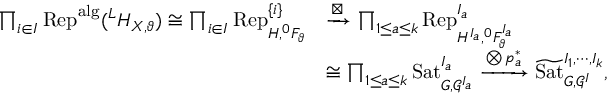
\begin{array} { r l } { \prod _ { i \in I } \mathrm { R e p } ^ { \mathrm { a l g } } ( ^ { L } H _ { X , \vartheta } ) \cong \prod _ { i \in I } \mathrm { R e p } _ { H , ^ { 0 } F _ { \vartheta } } ^ { \{ i \} } } & { \xrightarrow { \boxtimes } \prod _ { 1 \le a \le k } \mathrm { R e p } _ { H ^ { I _ { a } } , ^ { 0 } F _ { \vartheta } ^ { I _ { a } } } ^ { I _ { a } } } \\ & { \cong \prod _ { 1 \le a \le k } \mathrm { S a t } _ { G , \mathscr G ^ { I _ { a } } } ^ { I _ { a } } \xrightarrow { \bigotimes p _ { a } ^ { * } } \widetilde { \mathrm { S a t } } _ { G , \mathscr G ^ { I } } ^ { I _ { 1 } , \cdots , I _ { k } } , } \end{array}